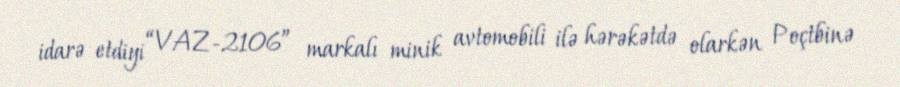
idarə etdiyi “VAZ-2106” markalı minik avtomobili ilə hərəkətdə olarkən Poçtbinə